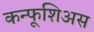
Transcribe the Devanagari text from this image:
कन्फूशिअस